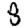
Digit: 8